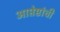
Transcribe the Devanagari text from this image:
आप्तेष्टांची